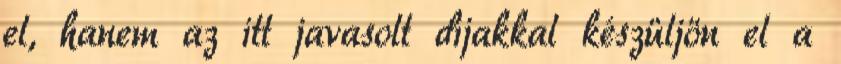
el, hanem az itt javasolt díjakkal készüljön el a